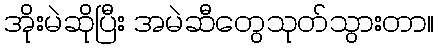
အိုးမဲဆိုပြီး အမဲဆီတွေသုတ်သွားတာ။